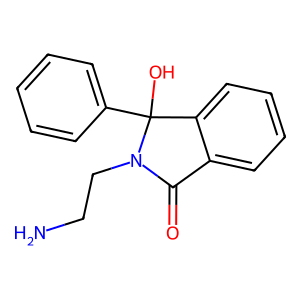
SMILES: NCCN1C(=O)c2ccccc2C1(O)c1ccccc1
Inhibits HIV replication: No